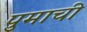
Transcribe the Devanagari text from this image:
पुमाची